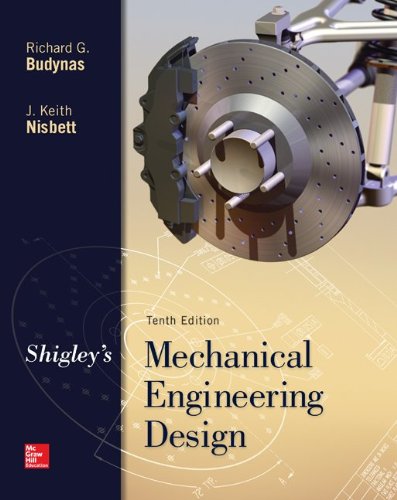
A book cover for Shigley's Mechanical Engineering Design (McGraw-Hill Series in Mechanical Engineering); Richard Budynas; Engineering & Transportation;